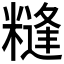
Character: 𱹚